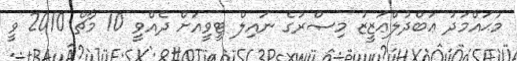
މުޙައްމަދު ޢަބްދުލްޢަޒީޒު މިޞްރުގެ ނައިލް ޓީވީއަށް ދެއްވީ 10 މާޗް 2010 ވީ